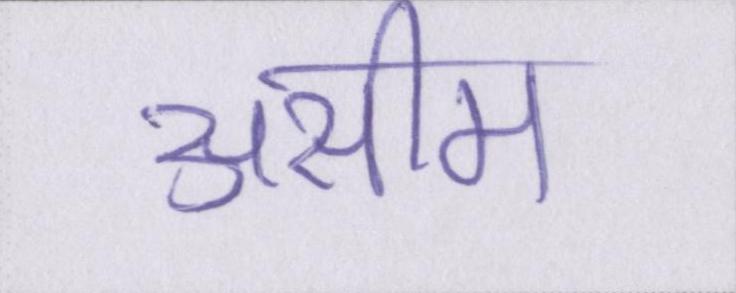
असीम